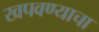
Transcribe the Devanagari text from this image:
खपवण्याचा